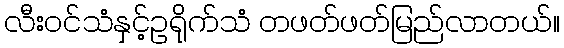
လီးဝင်သံနှင့်ဥရိုက်သံ တဖတ်ဖတ်မြည်လာတယ်။